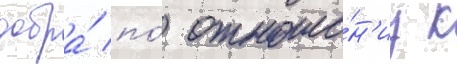
добра́ по́ отноше́н'иу к